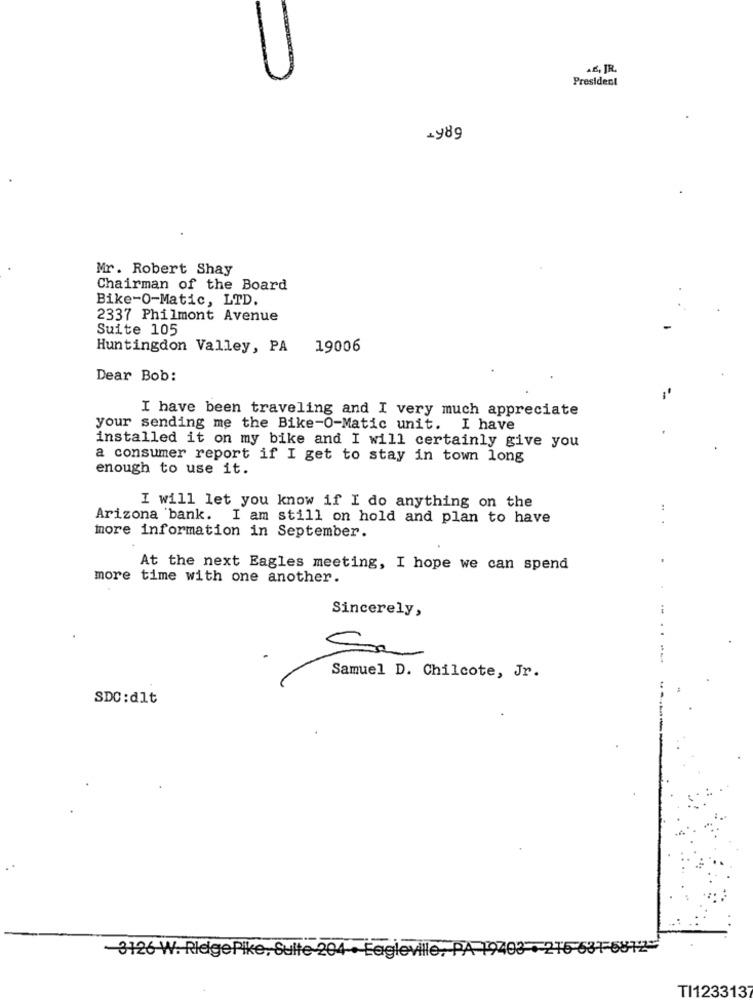
AK, JR.
President
Mr. Robert Shay
Chairman of the Board
Bike-O-Matic, LTD.
2337 Philmont Avenue
Suite 105
Huntingdon Valley, PA
19006
Dear Bob:
I have been traveling and I very much appreciate
your sending me the Bike-O-Matic unit. I have
installed it on my bike and I will certainly give you
a consumer report if I get to stay in town long
enough to use it.
I will let you know if I do anything on the
Arizona bank. I am still on hold and plan to have
.. .
more information in September.
At the next Eagles meeting, I hope we can spend
more time with one another.
Sincerely,
Samuel D. Chilcote, Jr.
SDC:dlt
3126 W. RlegePike, Sulte-204 . Eagleville;
19403 .215-6375811-
TI123313